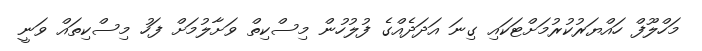
މަހްލޫފް ހައްޔަރުކުރުމަށްޓަކައި ގިނަ އަދަދެއްގެ ފުލުހުން މިސްކިތް ވަށާލުމަށް ފަހު މިސްކިތައް ވަނީ